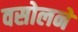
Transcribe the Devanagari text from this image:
वसोलने